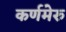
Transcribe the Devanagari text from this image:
कर्णमेरु